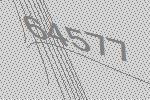
64577